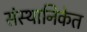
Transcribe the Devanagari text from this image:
संस्थानिकेत